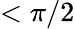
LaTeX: <\pi/2